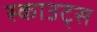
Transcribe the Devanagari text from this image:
स्‍काउट्स